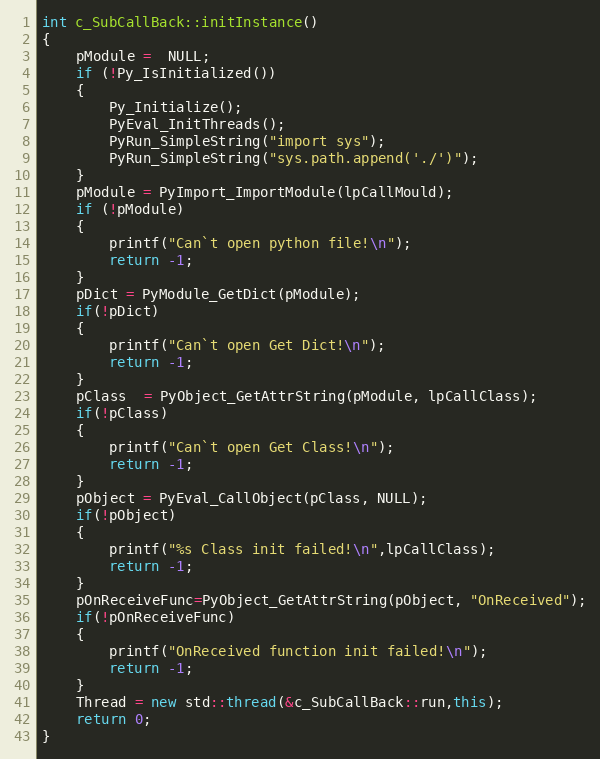
Language: C++
int c_SubCallBack::initInstance()
{
	pModule =  NULL;
	if (!Py_IsInitialized())
	{
		Py_Initialize();
		PyEval_InitThreads();
		PyRun_SimpleString("import sys");
		PyRun_SimpleString("sys.path.append('./')");
	}
	pModule = PyImport_ImportModule(lpCallMould);
	if (!pModule)
	{
		printf("Can`t open python file!\n");
		return -1;
	}
	pDict = PyModule_GetDict(pModule);
	if(!pDict)
	{
		printf("Can`t open Get Dict!\n");
  		return -1;
	}
	pClass  = PyObject_GetAttrString(pModule, lpCallClass);
	if(!pClass)
	{
		printf("Can`t open Get Class!\n");
		return -1;
	}
	pObject = PyEval_CallObject(pClass, NULL);
	if(!pObject)
	{
		printf("%s Class init failed!\n",lpCallClass);
		return -1;
	}
	pOnReceiveFunc=PyObject_GetAttrString(pObject, "OnReceived");
	if(!pOnReceiveFunc)
	{
		printf("OnReceived function init failed!\n");
		return -1;
	}
	Thread = new std::thread(&c_SubCallBack::run,this);
	return 0;
}